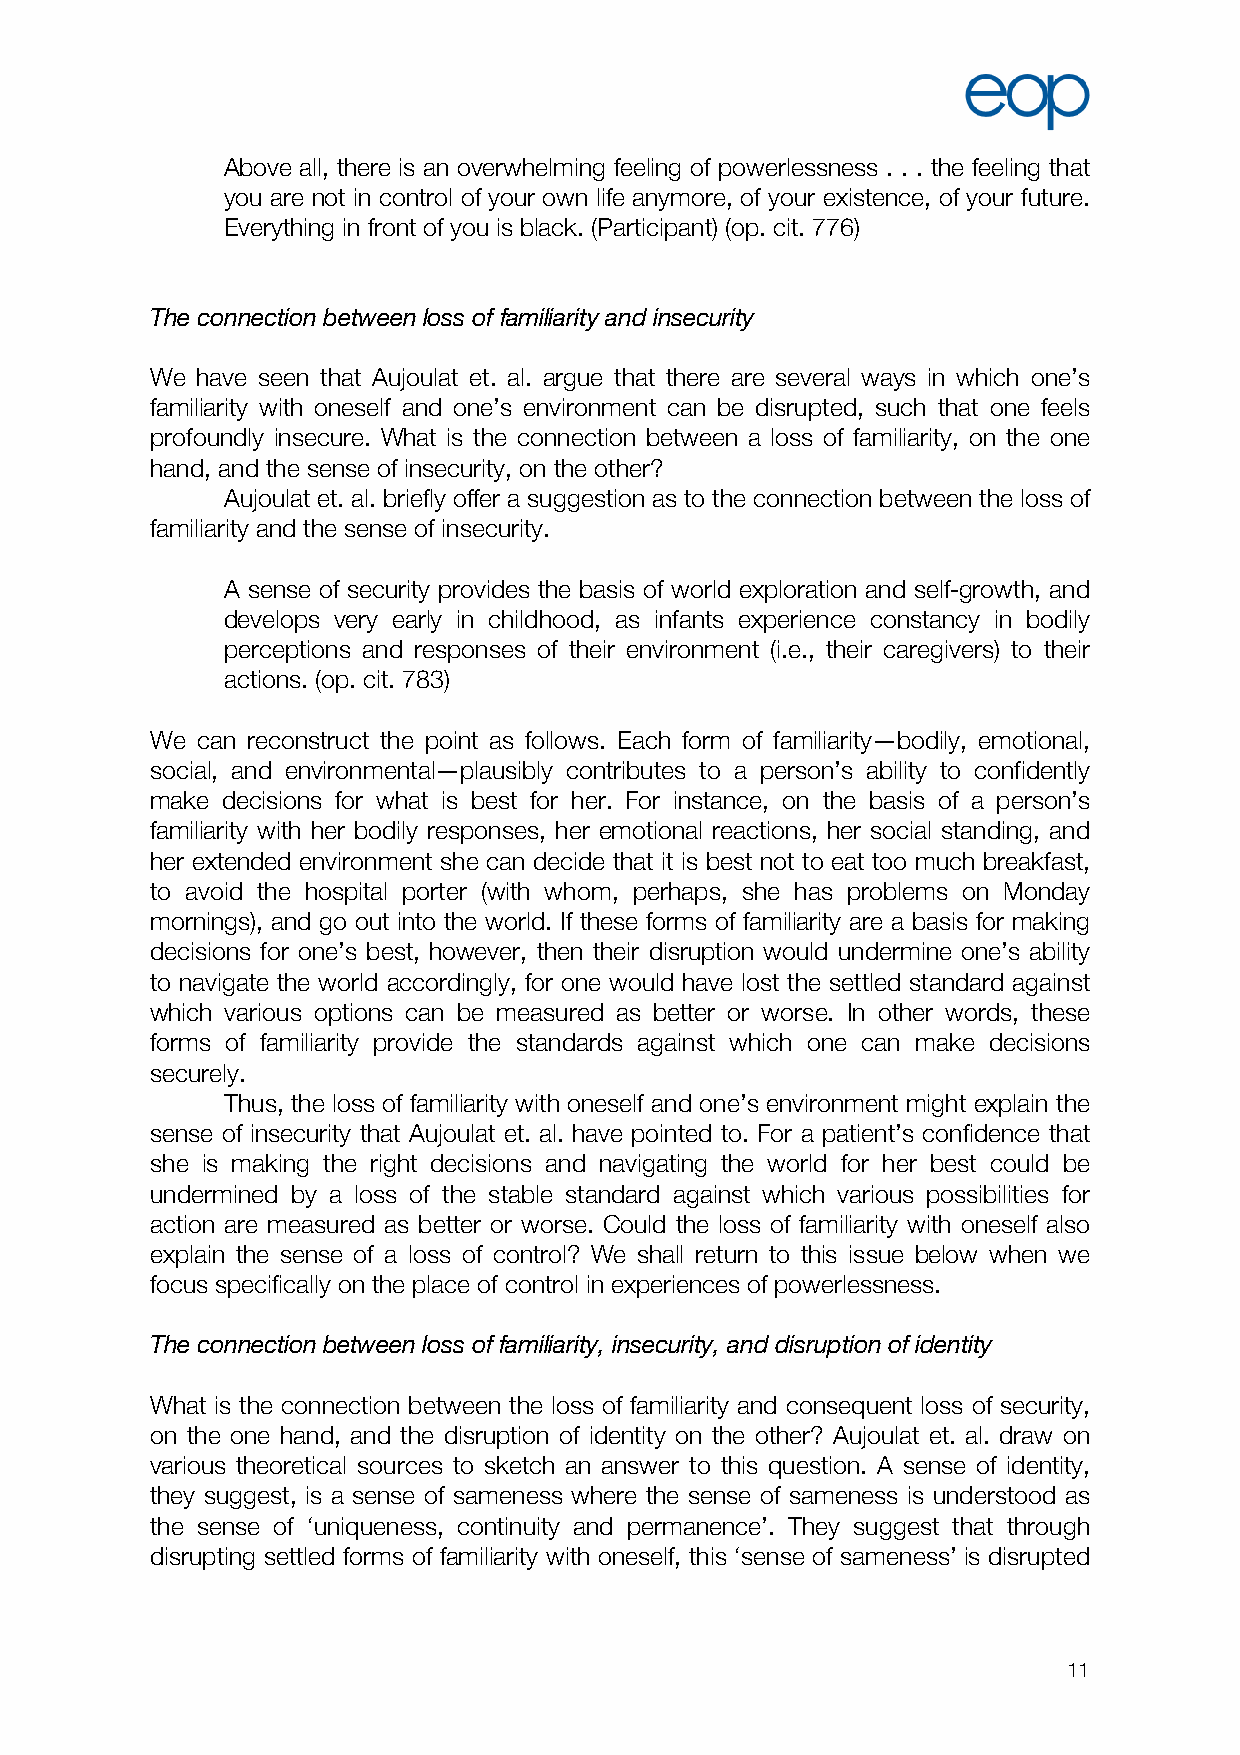
Above all, there is an overwhelming feeling of powerlessness . . . the feeling that
 you are not in control of your own life anymore, of your existence, of your future.
 Everything in front of you is black. (Participant) (op. cit. 776)
 The connection between loss of familiarity and insecurity
 We have seen that Aujoulat et. al. argue that there are several ways in which one’s
 familiarity with oneself and one’s environment can be disrupted, such that one feels
 profoundly insecure. What is the connection between a loss of familiarity, on the one
 hand, and the sense of insecurity, on the other?
 Aujoulat et. al. briefly offer a suggestion as to the connection between the loss of
 familiarity and the sense of insecurity.
 A sense of security provides the basis of world exploration and self-growth, and
 develops very early in childhood, as infants experience constancy in bodily
 perceptions and responses of their environment (i.e., their caregivers) to their
 actions. (op. cit. 783)
 We can reconstruct the point as follows. Each form of familiarity—bodily, emotional,
 social, and environmental—plausibly contributes to a person’s ability to confidently
 make decisions for what is best for her. For instance, on the basis of a person’s
 familiarity with her bodily responses, her emotional reactions, her social standing, and
 her extended environment she can decide that it is best not to eat too much breakfast,
 to avoid the hospital porter (with whom, perhaps, she has problems on Monday
 mornings), and go out into the world. If these forms of familiarity are a basis for making
 decisions for one’s best, however, then their disruption would undermine one’s ability
 to navigate the world accordingly, for one would have lost the settled standard against
 which various options can be measured as better or worse. In other words, these
 forms of familiarity provide the standards against which one can make decisions
 securely.
 Thus, the loss of familiarity with oneself and one’s environment might explain the
 sense of insecurity that Aujoulat et. al. have pointed to. For a patient’s confidence that
 she is making the right decisions and navigating the world for her best could be
 undermined by a loss of the stable standard against which various possibilities for
 action are measured as better or worse. Could the loss of familiarity with oneself also
 explain the sense of a loss of control? We shall return to this issue below when we
 focus specifically on the place of control in experiences of powerlessness.
 The connection between loss of familiarity, insecurity, and disruption of identity
 What is the connection between the loss of familiarity and consequent loss of security,
 on the one hand, and the disruption of identity on the other? Aujoulat et. al. draw on
 various theoretical sources to sketch an answer to this question. A sense of identity,
 they suggest, is a sense of sameness where the sense of sameness is understood as
 the sense of ‘uniqueness, continuity and permanence’. They suggest that through
 disrupting settled forms of familiarity with oneself, this ‘sense of sameness’ is disrupted
 11